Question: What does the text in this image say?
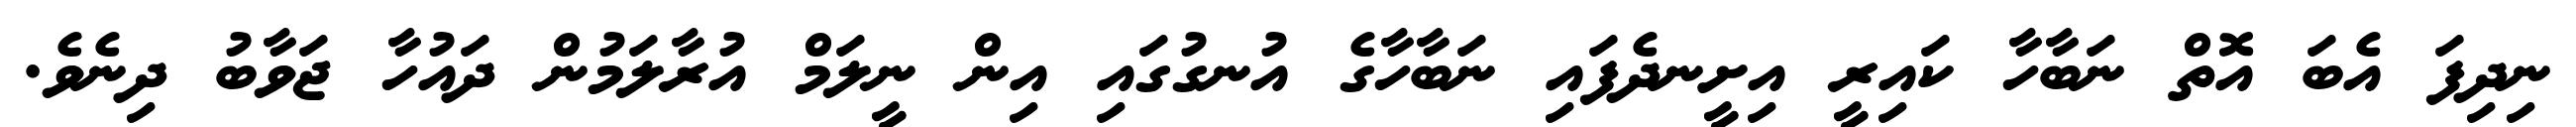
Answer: ނިދިފަ އެބަ އޮތް ނަބާހާ ކައިރީ އިށީނދެފައި ނަބާހާގެ އުނގުގައި އިން ނީލަމް އުރާލަމުން ދައުހާ ޖަވާބު ދިނެވެ.